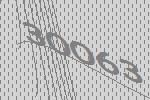
30063